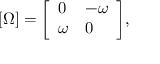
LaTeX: [ \Omega ] = { \left[ \begin{array} { l l } { 0 } & { - \omega } \\ { \omega } & { 0 } \end{array} \right] } ,